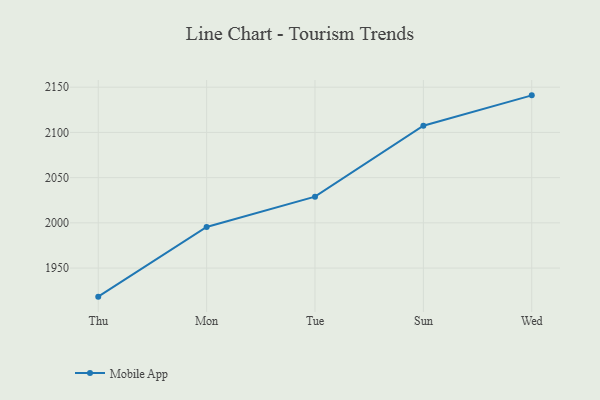
{"axis": {"x": "Day", "y": "Gross Profit (USD K)"}, "legend": ["Mobile App"], "data": [{"x": "Thu", "y": 1918.4, "type": "Mobile App"}, {"x": "Mon", "y": 1995.5, "type": "Mobile App"}, {"x": "Tue", "y": 2029.0, "type": "Mobile App"}, {"x": "Sun", "y": 2107.4, "type": "Mobile App"}, {"x": "Wed", "y": 2141.0, "type": "Mobile App"}]}